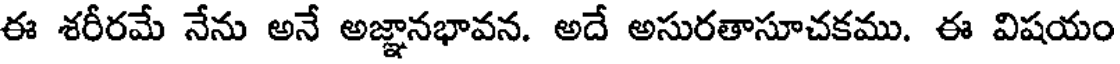
ఈ శరీరమే నేను అనే అజ్ఞానభావన. అదే అసురతాసూచకము. ఈ విషయం